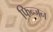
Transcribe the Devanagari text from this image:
फिन्जन